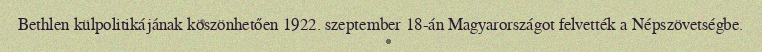
Bethlen külpolitikájának köszönhetően 1922. szeptember 18-án Magyarországot felvették a Népszövetségbe.